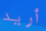
أريد